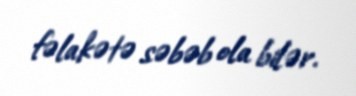
fəlakətə səbəb ola bilər.